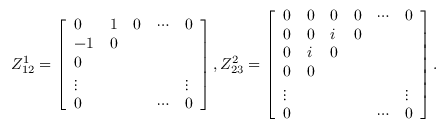
\begin{array} { r } { Z _ { 1 2 } ^ { 1 } = \left[ \begin{array} { l l l l l } { 0 } & { 1 } & { 0 } & { \cdots } & { 0 } \\ { - 1 } & { 0 } & { } & { } & { } \\ { 0 } & { } & { } & { } & { } \\ { \vphantom { \int ^ { 0 } } \smash [ t ] { \vdots } } & { } & { } & { } & { \vphantom { \int ^ { 0 } } \smash [ t ] { \vdots } } \\ { 0 } & { } & { } & { \cdots } & { 0 } \end{array} \right] , Z _ { 2 3 } ^ { 2 } = \left[ \begin{array} { l l l l l l } { 0 } & { 0 } & { 0 } & { 0 } & { \cdots } & { 0 } \\ { 0 } & { 0 } & { i } & { 0 } & { } & { } \\ { 0 } & { i } & { 0 } & { } & { } & { } \\ { 0 } & { 0 } & { } & { } & { } & { } \\ { \vphantom { \int ^ { 0 } } \smash [ t ] { \vdots } } & { } & { } & { } & { } & { \vphantom { \int ^ { 0 } } \smash [ t ] { \vdots } } \\ { 0 } & { } & { } & { } & { \cdots } & { 0 } \end{array} \right] . } \end{array}